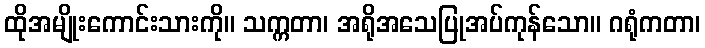
ထိုအမျိုးကောင်းသားကို။ သက္ကတာ၊ အရိုအသေပြုအပ်ကုန်သော။ ဂရုံကတာ၊